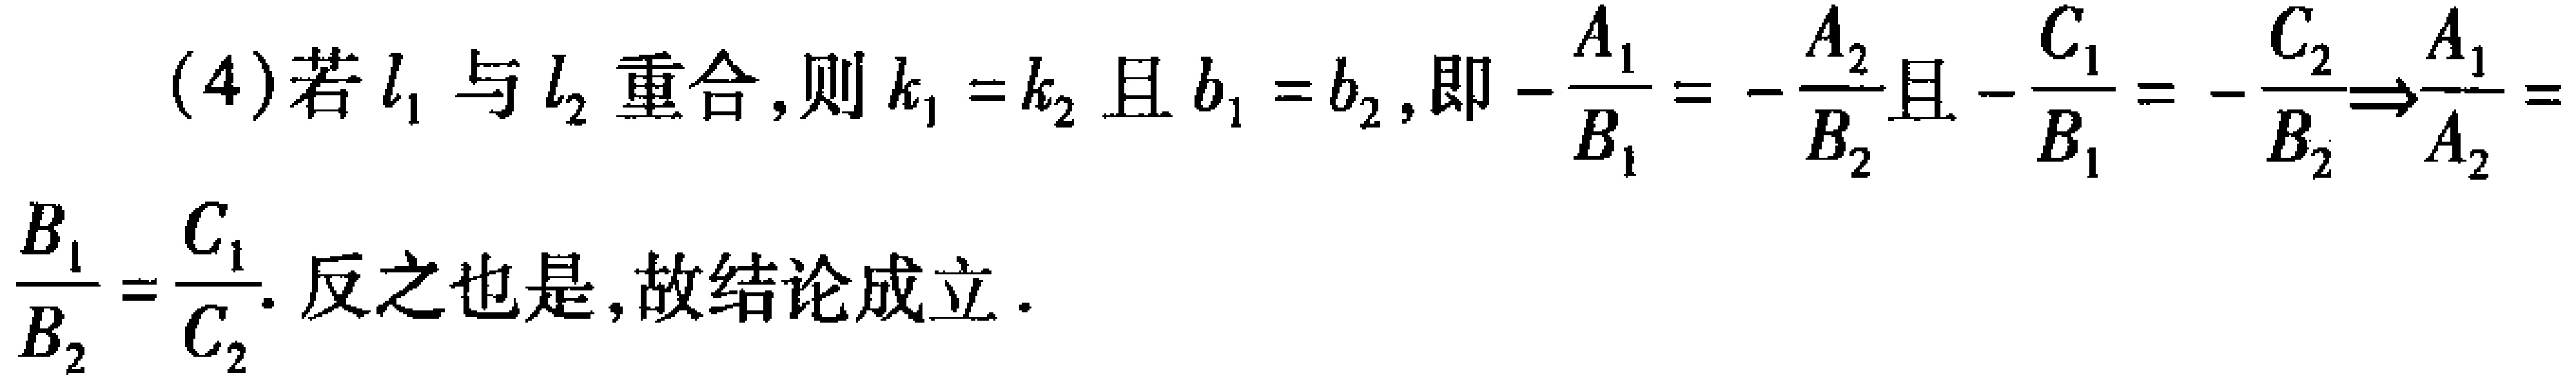
(4)若\(l_{1}\)与\(l_{2}\)重合，则\(k_{1} = k_{2}\)且\(b_{1} = b_{2}\)，即\(-\frac{A_{1}}{B_{1}} = -\frac{A_{2}}{B_{2}}\)且\(-\frac{C_{1}}{B_{1}} = -\frac{C_{2}}{B_{2}}\Rightarrow\frac{A_{1}}{A_{2}}=\frac{B_{1}}{B_{2}}=\frac{C_{1}}{C_{2}}\)。反之也是，故结论成立。